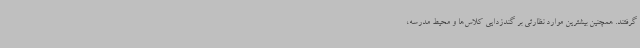
گرفتند. همچنین بیشترین موارد نظارتی بر گندزدایی کلاس‌ها و محیط مدرسه،